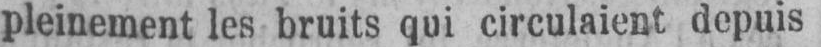
pleinement les bruits qui circulaient depuis